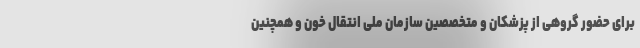
برای حضور گروهی از پزشکان و متخصصین سازمان ملی انتقال خون و همچنین